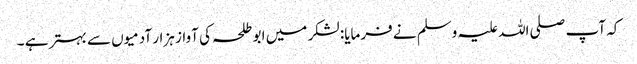
کہ آپ صلی اللہ علیہ وسلم نے فرمایا: لشکر میں ابو طلحہ کی آواز ہزار آدمیوں سے بہتر ہے ۔